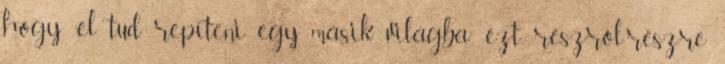
hogy “el tud repíteni egy másik világba”, ezt részről-részre